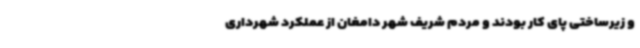
و زیرساختی پای کار بودند و مردم‌ شریف شهر دامغان از عملکرد شهرداری